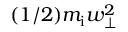
( 1 / 2 ) m _ { \mathrm { i } } w _ { \perp } ^ { 2 }